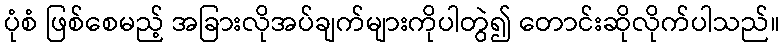
ပုံစံ ဖြစ်စေမည့် အခြားလိုအပ်ချက်များကိုပါတွဲ၍ တောင်းဆိုလိုက်ပါသည်။